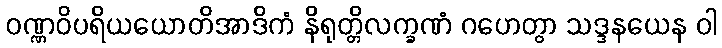
ဝဏ္ဏဝိပရိယယောတိအာဒိကံ နိရုတ္တိလက္ခဏံ ဂဟေတွာ သဒ္ဒနယေန ဝါ